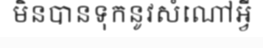
មិនបានទុកនូវសំណៅអ្វី